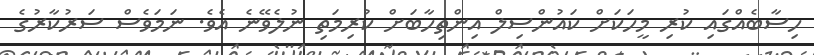
ހިސާބެއްގައި ކުރި މީހަކަށް ކައުންސިލް އިންތިހާބަށް ކުރިމަތި ނުލެވޭނެ އެވެ. ނަމަވެސް ސަރުކާރުގެ